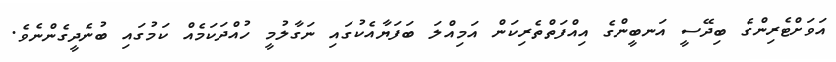
އަވަށްޓެރިންގެ ބިދޭސީ އަނބީންގެ އިއްފަތްތެރިކަން އަމިއްލަ ބަފަޔާއެކުގައި ނަގާލުމީ ހުއްދަކަމެއް ކަމުގައި ބުނެދީގެންނެވެ.